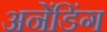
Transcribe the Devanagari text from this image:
अनेंडिंग